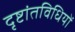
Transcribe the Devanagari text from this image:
दृष्टांतविधियों